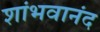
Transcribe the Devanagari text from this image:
शांभवानंद